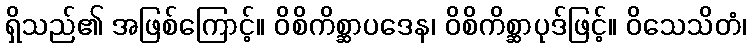
ရှိသည်၏ အဖြစ်ကြောင့်။ ဝိစိကိစ္ဆာပဒေန၊ ဝိစိကိစ္ဆာပုဒ်ဖြင့်။ ဝိသေသိတံ၊